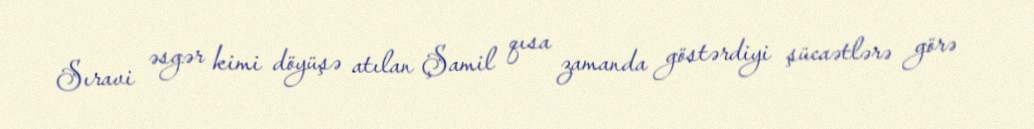
Sıravi əsgər kimi döyüşə atılan Şamil qısa zamanda göstərdiyi şücaətlərə görə